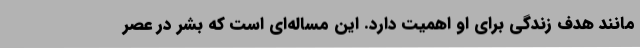
مانند هدف زندگی برای او اهمیت دارد. این مساله‌ای است که بشر در عصر